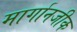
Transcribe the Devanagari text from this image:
मार्गानजीक